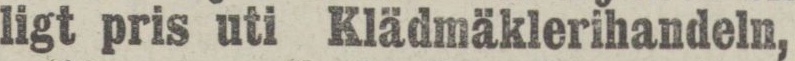
ligt pris uti Klädmäklerihandeln,